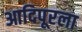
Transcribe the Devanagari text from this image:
आदिपूरला